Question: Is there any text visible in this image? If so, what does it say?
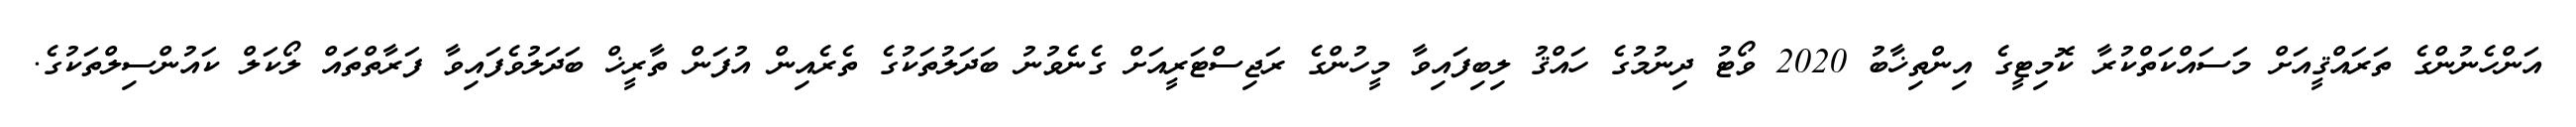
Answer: އަންހެނުންގެ ތަރައްޤީއަށް މަސައްކަތްކުރާ ކޮމިޓީގެ އިންތިޚާބު 2020 ވޯޓު ދިނުމުގެ ހައްޤު ލިބިފައިވާ މީހުންގެ ރަޖިސްޓަރީއަށް ގެނެވުނު ބަދަލުތަކުގެ ތެރެއިން އުފަން ތާރީޚް ބަދަލުވެފައިވާ ފަރާތްތައް ލޯކަލް ކައުންސިލްތަކުގެ.